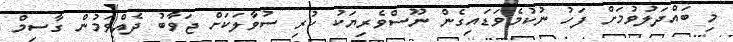
މި ބައްދަލުވުމަށް ފަހު ނުކުމެވަޑައިގެން ނޫސްވެރިޔަކު ކުރި ސުވާލަކަށް ޖަވާބު ދެއްވަމުން ގާސިމް